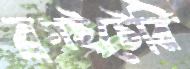
ব্লগইটেরি